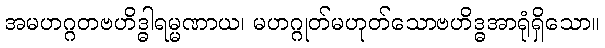
အမဟဂ္ဂတဗဟိဒ္ဓါရမ္မဏာယ၊ မဟဂ္ဂုတ်မဟုတ်သောဗဟိဒ္ဓအာရုံရှိသော။